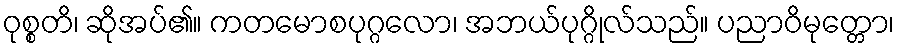
ဝုစ္စတိ၊ ဆိုအပ်၏။ ကတမောစပုဂ္ဂလော၊ အဘယ်ပုဂ္ဂိုလ်သည်။ ပညာဝိမုတ္တော၊